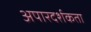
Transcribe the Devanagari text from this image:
अपारदर्शकता